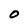
Character: 0